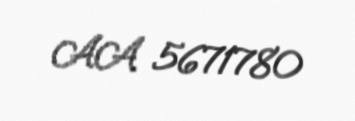
AA 5671780